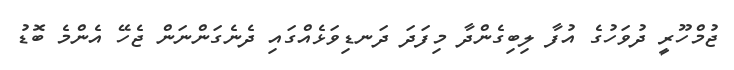
ޖުމްހޫރީ ދުވަހުގެ އުފާ ލިބިގެންދާ މިފަދަ ދަނޑިވަޅެއްގައި ދެނެގަންނަން ޖެހޭ އެންމެ ބޮޑު